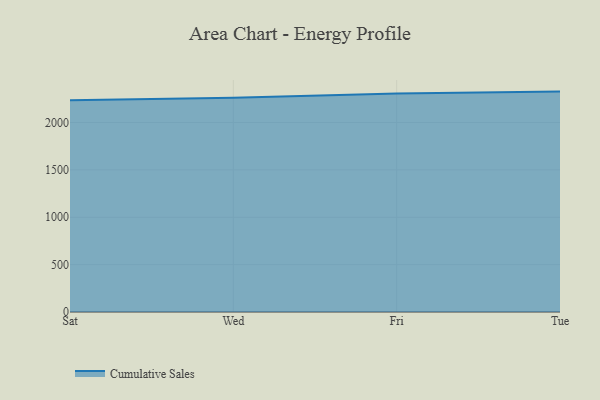
{"axis": {"x": "Day", "y": "Net Income (USD K)"}, "legend": ["Cumulative Sales"], "data": [{"x": "Sat", "y": 2235.0, "type": "Cumulative Sales"}, {"x": "Wed", "y": 2261.1, "type": "Cumulative Sales"}, {"x": "Fri", "y": 2305.0, "type": "Cumulative Sales"}, {"x": "Tue", "y": 2326.0, "type": "Cumulative Sales"}]}